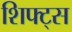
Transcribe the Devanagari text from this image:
शिफ्ट्स